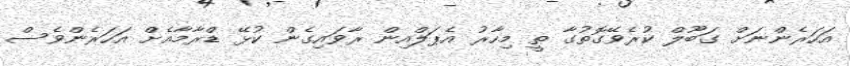
އަހަރެންނަށް ގަބޫލް ކުރެވޭގޮތުގާ ތީ މިހާރު އެޕަލްއިން ރާވައިގެން ކުޅޭ ޑްރާމާއެށް އަހަރެންވެސް